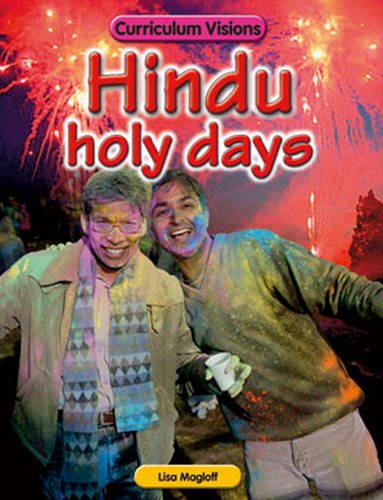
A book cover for Hindu Holy Days; Brian Knapp; Children's Books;